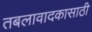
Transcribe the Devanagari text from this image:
तबलावादकासाठी